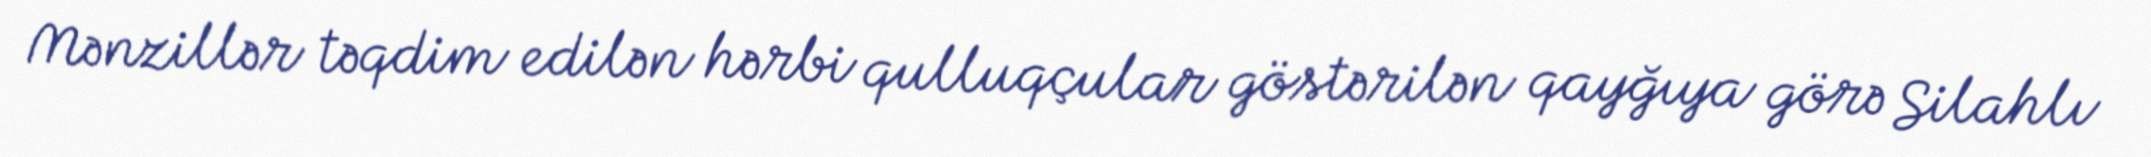
Mənzillər təqdim edilən hərbi qulluqçular göstərilən qayğıya görə Silahlı